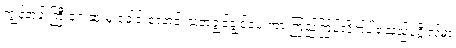
ကျွန်တန်းကြီးရှေ့ဆုံးမှ ခေါင်းလောင်းသံတချွင်ချွင်ပေးကာ ကြည့်ကြပ်လိုက်ပါရသည့်ပုဂ္ဂိုလ်မှာ